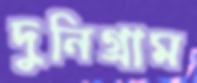
দুনিগ্রাম